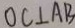
O C \bot A B